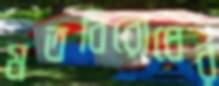
মতবিরোধের